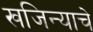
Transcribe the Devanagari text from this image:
खजिन्याचे